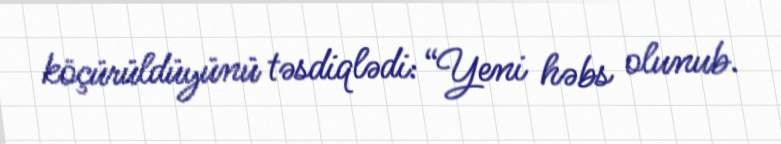
köçürüldüyünü təsdiqlədi: “Yeni həbs olunub.